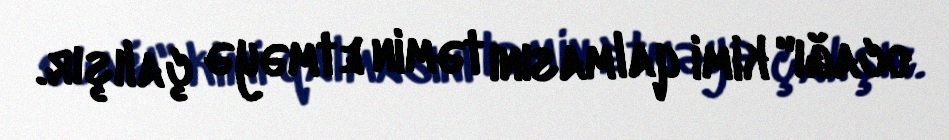
ocağı" kimi qalmasını təmin etməyə çalışır.